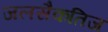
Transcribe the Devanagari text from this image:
जलसैकतिज